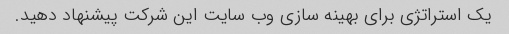
یک استراتژی برای بهینه سازی وب سایت این شرکت پیشنهاد دهید.